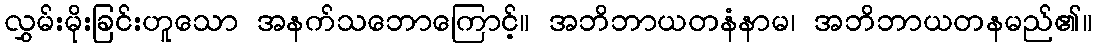
လွှမ်းမိုးခြင်းဟူသော အနက်သဘောကြောင့်။ အဘိဘာယတနံနာမ၊ အဘိဘာယတနမည်၏။